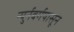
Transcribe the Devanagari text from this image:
न्युर्नबर्गपासून